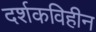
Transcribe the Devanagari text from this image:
दर्शकविहीन